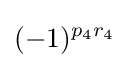
(-1)^{p_{4}r_{4}}